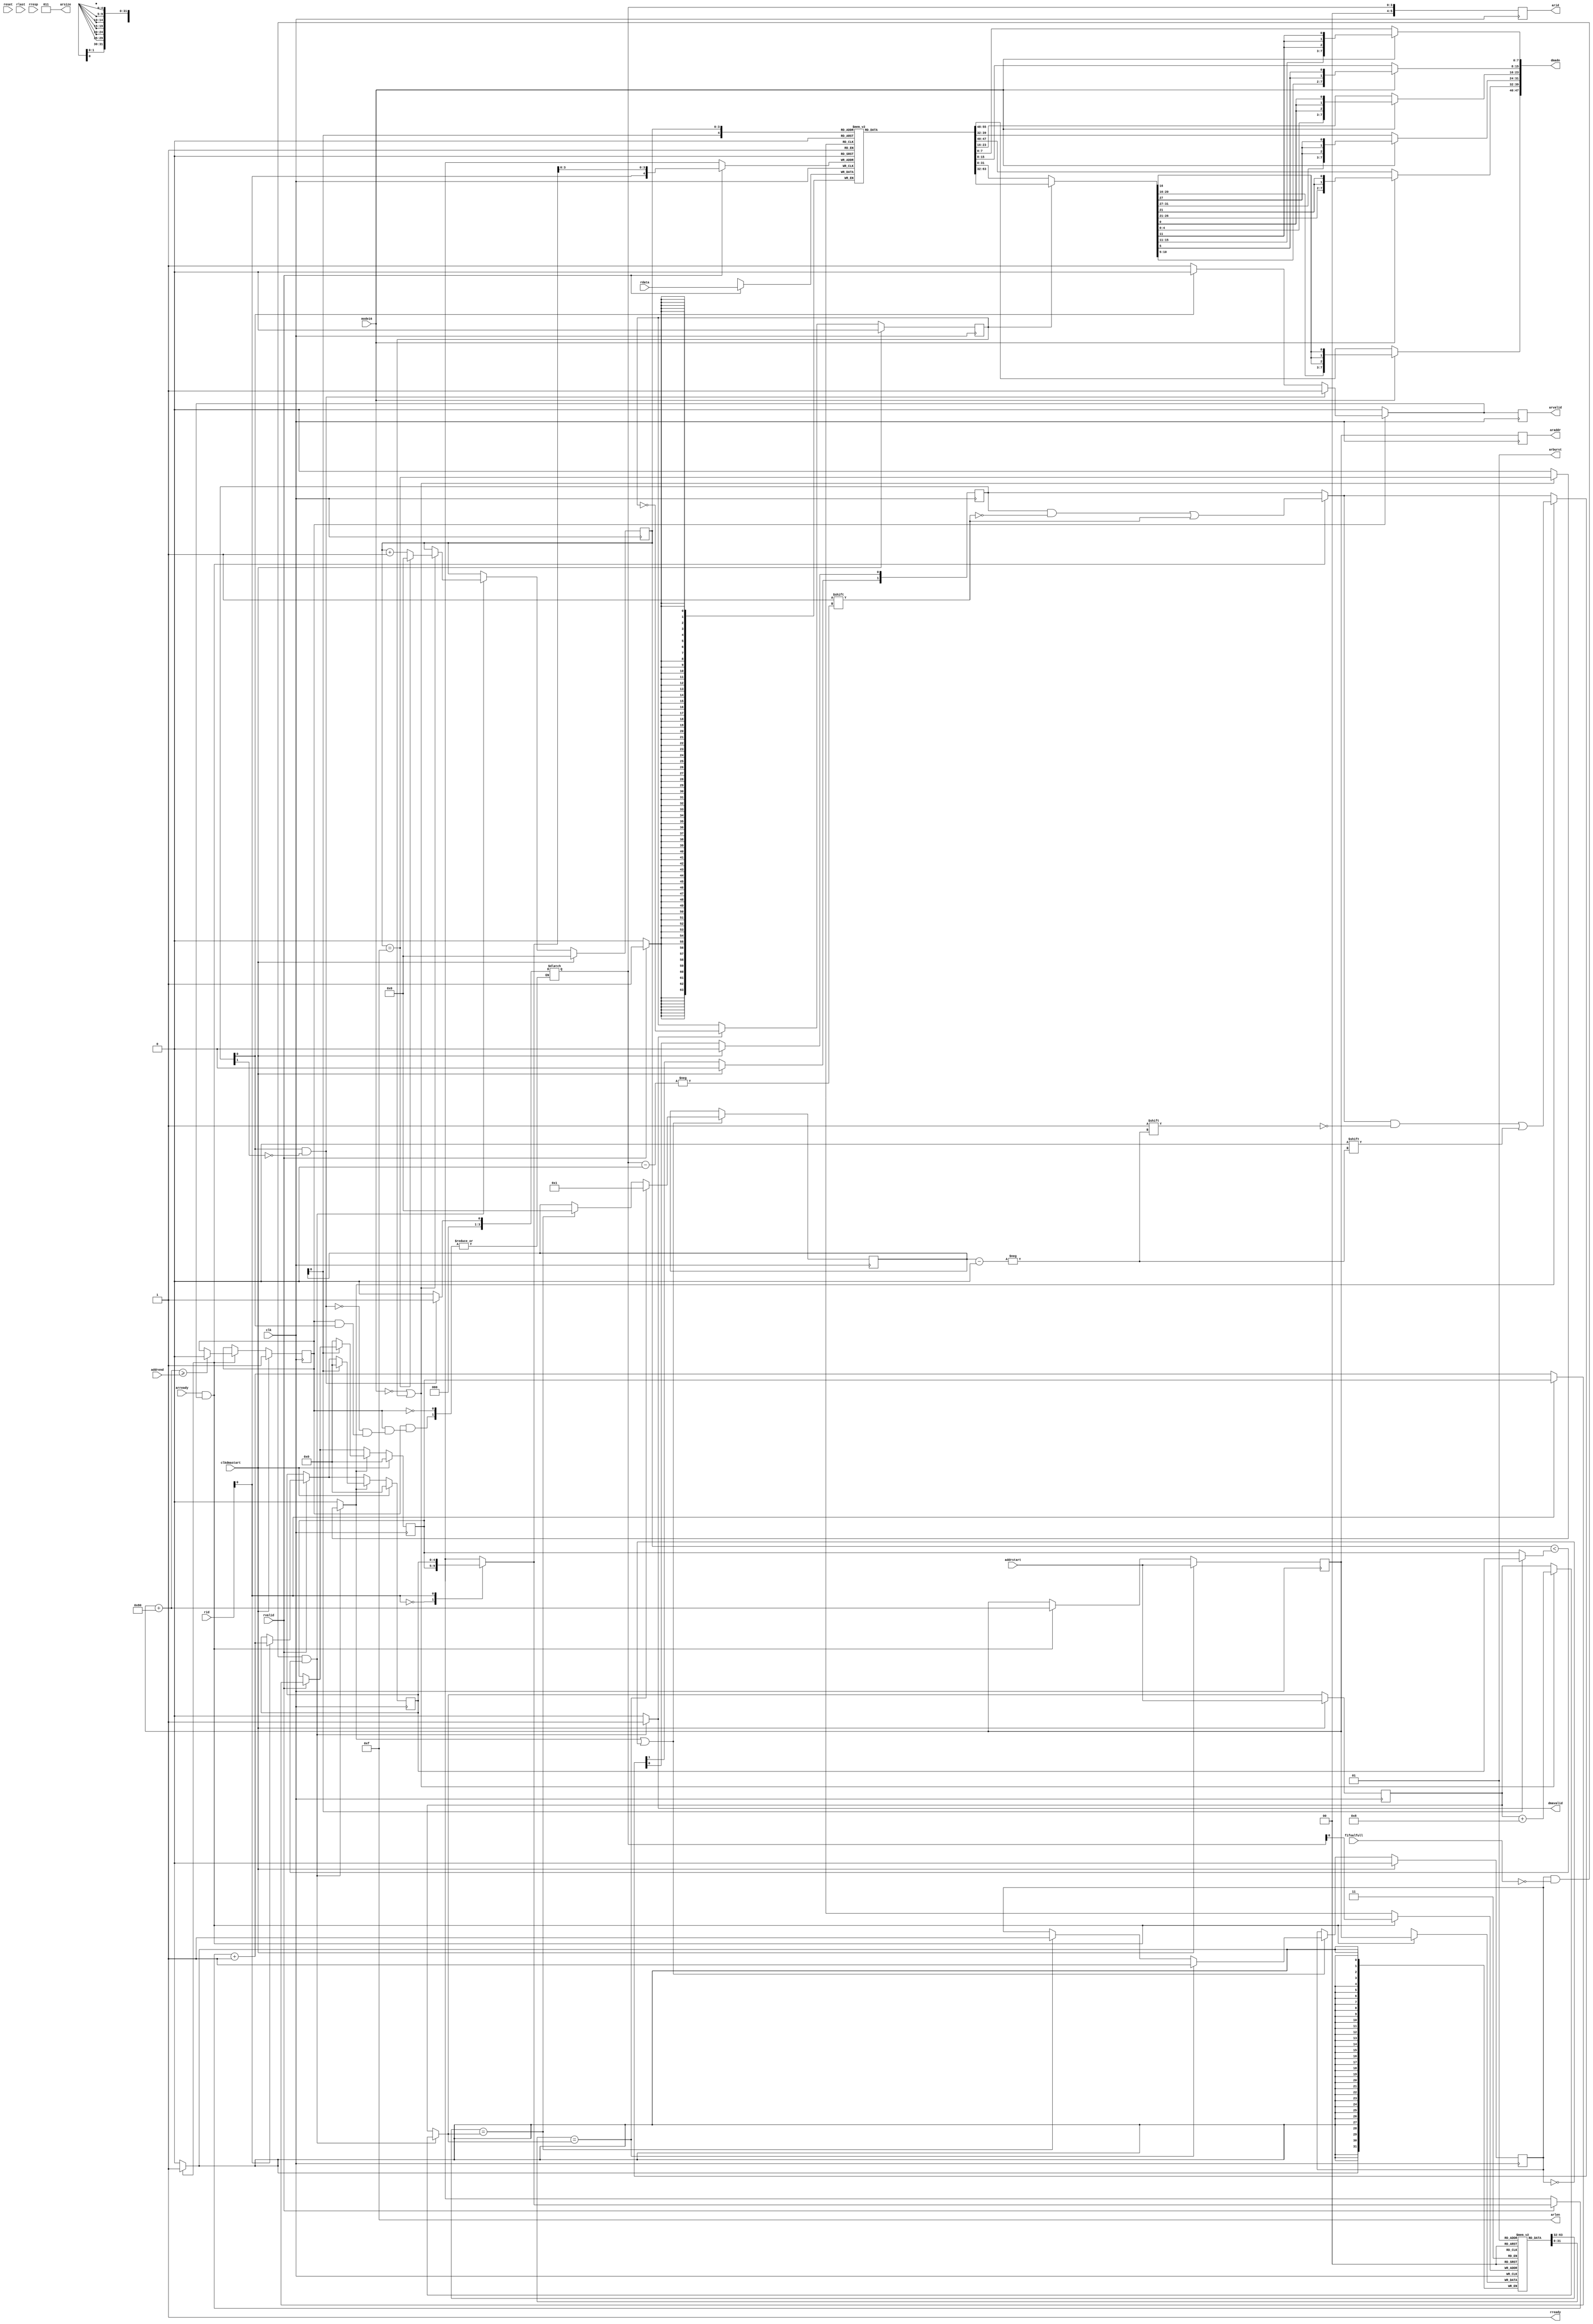
module dma(
	input wire clk,
	input wire reset,

	input wire clkdmastart,
	
	output reg [47:0] dmado,
	output reg dmavalid,
	input wire fifoalfull,
	
	input wire [31:0] addrstart,
	input wire [31:0] addrend,
	
	output reg [31:0] araddr,
	output reg [5:0] arid,
	output wire [3:0] arlen,
	output wire [2:0] arsize,
	output wire [1:0] arburst,
	input wire arready,
	output reg arvalid,
	input wire [63:0] rdata,
	input wire [5:0] rid,
	input wire rlast,
	output wire rready,
	input wire [1:0] rresp,
	input wire rvalid,
	
	input wire mode16
);

	parameter burst = 16;
	parameter par = 2;
	
	assign rready = 1;
	assign arlen = burst - 1;
	assign arsize = 3;
	assign arburst = 1;
	
	reg [63:0] mem[0:16 * par-1];
	reg [31:0] bufaddr[0:par-1];
	reg [4:0] wrpos[0:par-1];

	reg [par-1:0] issued;
	reg [3:0] pos, cur;
	reg [3:0] pos_, cur_;
	reg [31:0] outaddr, outaddr_;
	reg lastout;
	reg rdact, rdact_;
	reg half;
	integer i;
	
	always @(posedge clk) begin
		pos <= pos_;
		cur <= cur_;
		rdact <= rdact_;
		outaddr <= outaddr_;
		if(dmavalid)
			half <= !half;
		if(clkdmastart)
			half <= 0;
	end
	
	wire [63:0] bufpos = mem[{cur, pos}];
	wire [31:0] bufhalf = half ? bufpos[63:32] : bufpos[31:0];
	always @(*)
		if(mode16) begin
			dmado[23:16] = {bufhalf[4:0], {3{bufhalf[0]}}};
			dmado[15:8] = {bufhalf[10:5], {2{bufhalf[5]}}};
			dmado[7:0] = {bufhalf[15:11], {3{bufhalf[11]}}};
			dmado[47:40] = {bufhalf[20:16], {3{bufhalf[16]}}};
			dmado[39:32] = {bufhalf[26:21], {2{bufhalf[21]}}};
			dmado[31:24] = {bufhalf[31:27], {3{bufhalf[27]}}};
		end else
			dmado = {bufpos[55:32], bufpos[23:0]};			
			
	always @(*) begin
		pos_ = pos;
		cur_ = cur;
		rdact_ = rdact;
		outaddr_ = outaddr;
		lastout = 0;
		dmavalid = 0;
		if(rdact && !fifoalfull && pos < wrpos[cur]) begin
			if(!mode16 || half) begin
				pos_ = pos + 1;
				lastout = pos == burst - 1;
				if(lastout)
					pos_ = 0;
				outaddr_ = outaddr + 8;
			end
			dmavalid = 1;
		end
		if(lastout || !rdact) begin
			for(i = 0; i < par; i = i + 1)
				if(bufaddr[i] == outaddr_) begin
					cur_ = i;
					rdact_ = 1;
				end
		end
		if(clkdmastart) begin
			pos_ = 0;
			rdact_ = 0;
			outaddr_ = addrstart;
		end
	end
	
	reg [3:0] iidx;
	reg [31:0] inaddr;
	wire [3:0] widx = rid[3:0];
	reg [3:0] idx;
	reg running, arvalid_;
	
	always @(issued[0], issued[1]) begin
		arvalid_ = 0;
		if(running)
			for(i = 0; i < par; i = i + 1)
				if(!arvalid_ && !issued[i]) begin
					iidx = i;
					arvalid_ = 1;
				end
	end
	
	always @(posedge clk) begin
		araddr <= inaddr;
		arvalid <= arvalid_;
		arid <= iidx;
		if(arready && arvalid_) begin
			bufaddr[iidx] <= inaddr;
			issued[iidx] <= 1;
			inaddr <= inaddr + burst * 8;
			if(inaddr + burst * 8 >= addrend)
				running <= 0;
		end
	
		if(rvalid) begin
			mem[{widx, wrpos[widx][3:0]}] <= rdata;
			wrpos[widx] <= wrpos[widx] + 1;
		end
		
		if(lastout) begin
			issued[cur] <= 0;
			wrpos[cur] <= 0;
		end
		
		if(clkdmastart) begin
			for(i = 0; i < par; i = i + 1) begin
				issued[i] <= 0;
				wrpos[i] <= 0;
			end
			inaddr <= addrstart;
			running <= 1;
		end
	end

endmodule